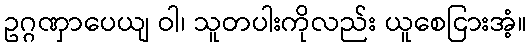
ဥဂ္ဂဏှာပေယျ ဝါ၊ သူတပါးကိုလည်း ယူစေငြားအံ့။